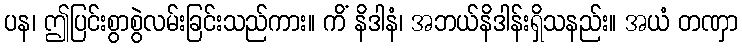
ပန၊ ဤပြင်းစွာစွဲလမ်းခြင်းသည်ကား။ ကိံ နိဒါနံ၊ အဘယ်နိဒါန်းရှိသနည်း။ အယံ တဏှာ